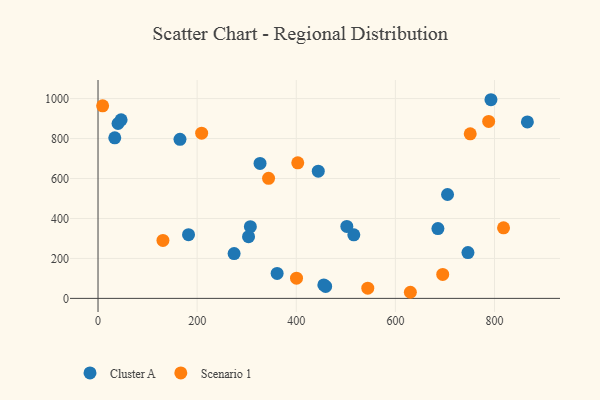
{"axis": {"x": "Experience", "y": "Yield"}, "legend": ["Cluster A", "Scenario 1"], "data": [{"x": "307.4", "y": 358.8, "type": "Cluster A"}, {"x": "303.7", "y": 308.8, "type": "Cluster A"}, {"x": "326.9", "y": 675.5, "type": "Cluster A"}, {"x": "705.2", "y": 520.0, "type": "Cluster A"}, {"x": "40.4", "y": 875.2, "type": "Cluster A"}, {"x": "165.4", "y": 796.3, "type": "Cluster A"}, {"x": "866.3", "y": 883.2, "type": "Cluster A"}, {"x": "792.8", "y": 994.3, "type": "Cluster A"}, {"x": "46.6", "y": 893.8, "type": "Cluster A"}, {"x": "361.4", "y": 124.8, "type": "Cluster A"}, {"x": "444.4", "y": 636.8, "type": "Cluster A"}, {"x": "182.6", "y": 318.9, "type": "Cluster A"}, {"x": "516.1", "y": 318.1, "type": "Cluster A"}, {"x": "685.8", "y": 349.6, "type": "Cluster A"}, {"x": "459.3", "y": 59.8, "type": "Cluster A"}, {"x": "274.6", "y": 224.2, "type": "Cluster A"}, {"x": "746.4", "y": 229.1, "type": "Cluster A"}, {"x": "33.8", "y": 803.6, "type": "Cluster A"}, {"x": "502.0", "y": 360.1, "type": "Cluster A"}, {"x": "455.6", "y": 67.6, "type": "Cluster A"}, {"x": "344.1", "y": 601.0, "type": "Scenario 1"}, {"x": "403.0", "y": 678.4, "type": "Scenario 1"}, {"x": "818.2", "y": 353.4, "type": "Scenario 1"}, {"x": "630.2", "y": 30.6, "type": "Scenario 1"}, {"x": "788.2", "y": 885.8, "type": "Scenario 1"}, {"x": "751.0", "y": 823.8, "type": "Scenario 1"}, {"x": "209.1", "y": 826.7, "type": "Scenario 1"}, {"x": "9.3", "y": 963.6, "type": "Scenario 1"}, {"x": "400.5", "y": 101.1, "type": "Scenario 1"}, {"x": "544.3", "y": 50.9, "type": "Scenario 1"}, {"x": "695.5", "y": 120.0, "type": "Scenario 1"}, {"x": "131.0", "y": 290.3, "type": "Scenario 1"}]}